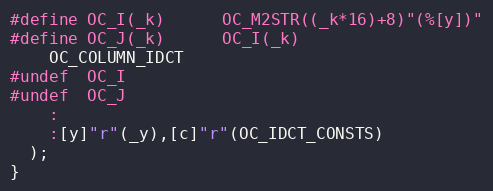
Language: C
#define OC_I(_k)      OC_M2STR((_k*16)+8)"(%[y])"
#define OC_J(_k)      OC_I(_k)
    OC_COLUMN_IDCT
#undef  OC_I
#undef  OC_J
    :
    :[y]"r"(_y),[c]"r"(OC_IDCT_CONSTS)
  );
}